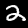
Digit: 2